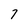
Character: 7